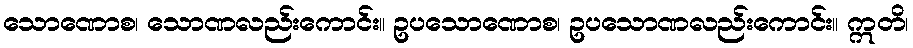
သောဏောစ၊ သောဏလည်းကောင်း။ ဥပသောဏောစ၊ ဥပသောဏလည်းကောင်း။ ဣတိ၊